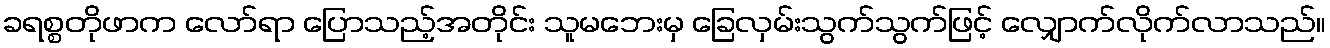
ခရစ္စတိုဖာက လော်ရာ ပြောသည့်အတိုင်း သူမဘေးမှ ခြေလှမ်းသွက်သွက်ဖြင့် လျှောက်လိုက်လာသည်။